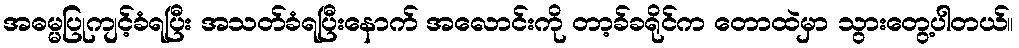
အဓမ္မပြုကျင့်ခံရပြီး အသတ်ခံရပြီးနောက် အလောင်းကို တာ့ခ်ခရိုင်က တောထဲမှာ သွားတွေ့ပါတယ်။